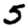
Digit: 5